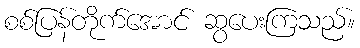
စစ်ပြန်တိုက်အောင် ဆွပေးကြသည်။